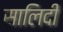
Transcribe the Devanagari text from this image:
सालिदी